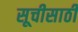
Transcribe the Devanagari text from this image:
सूचीसाठी